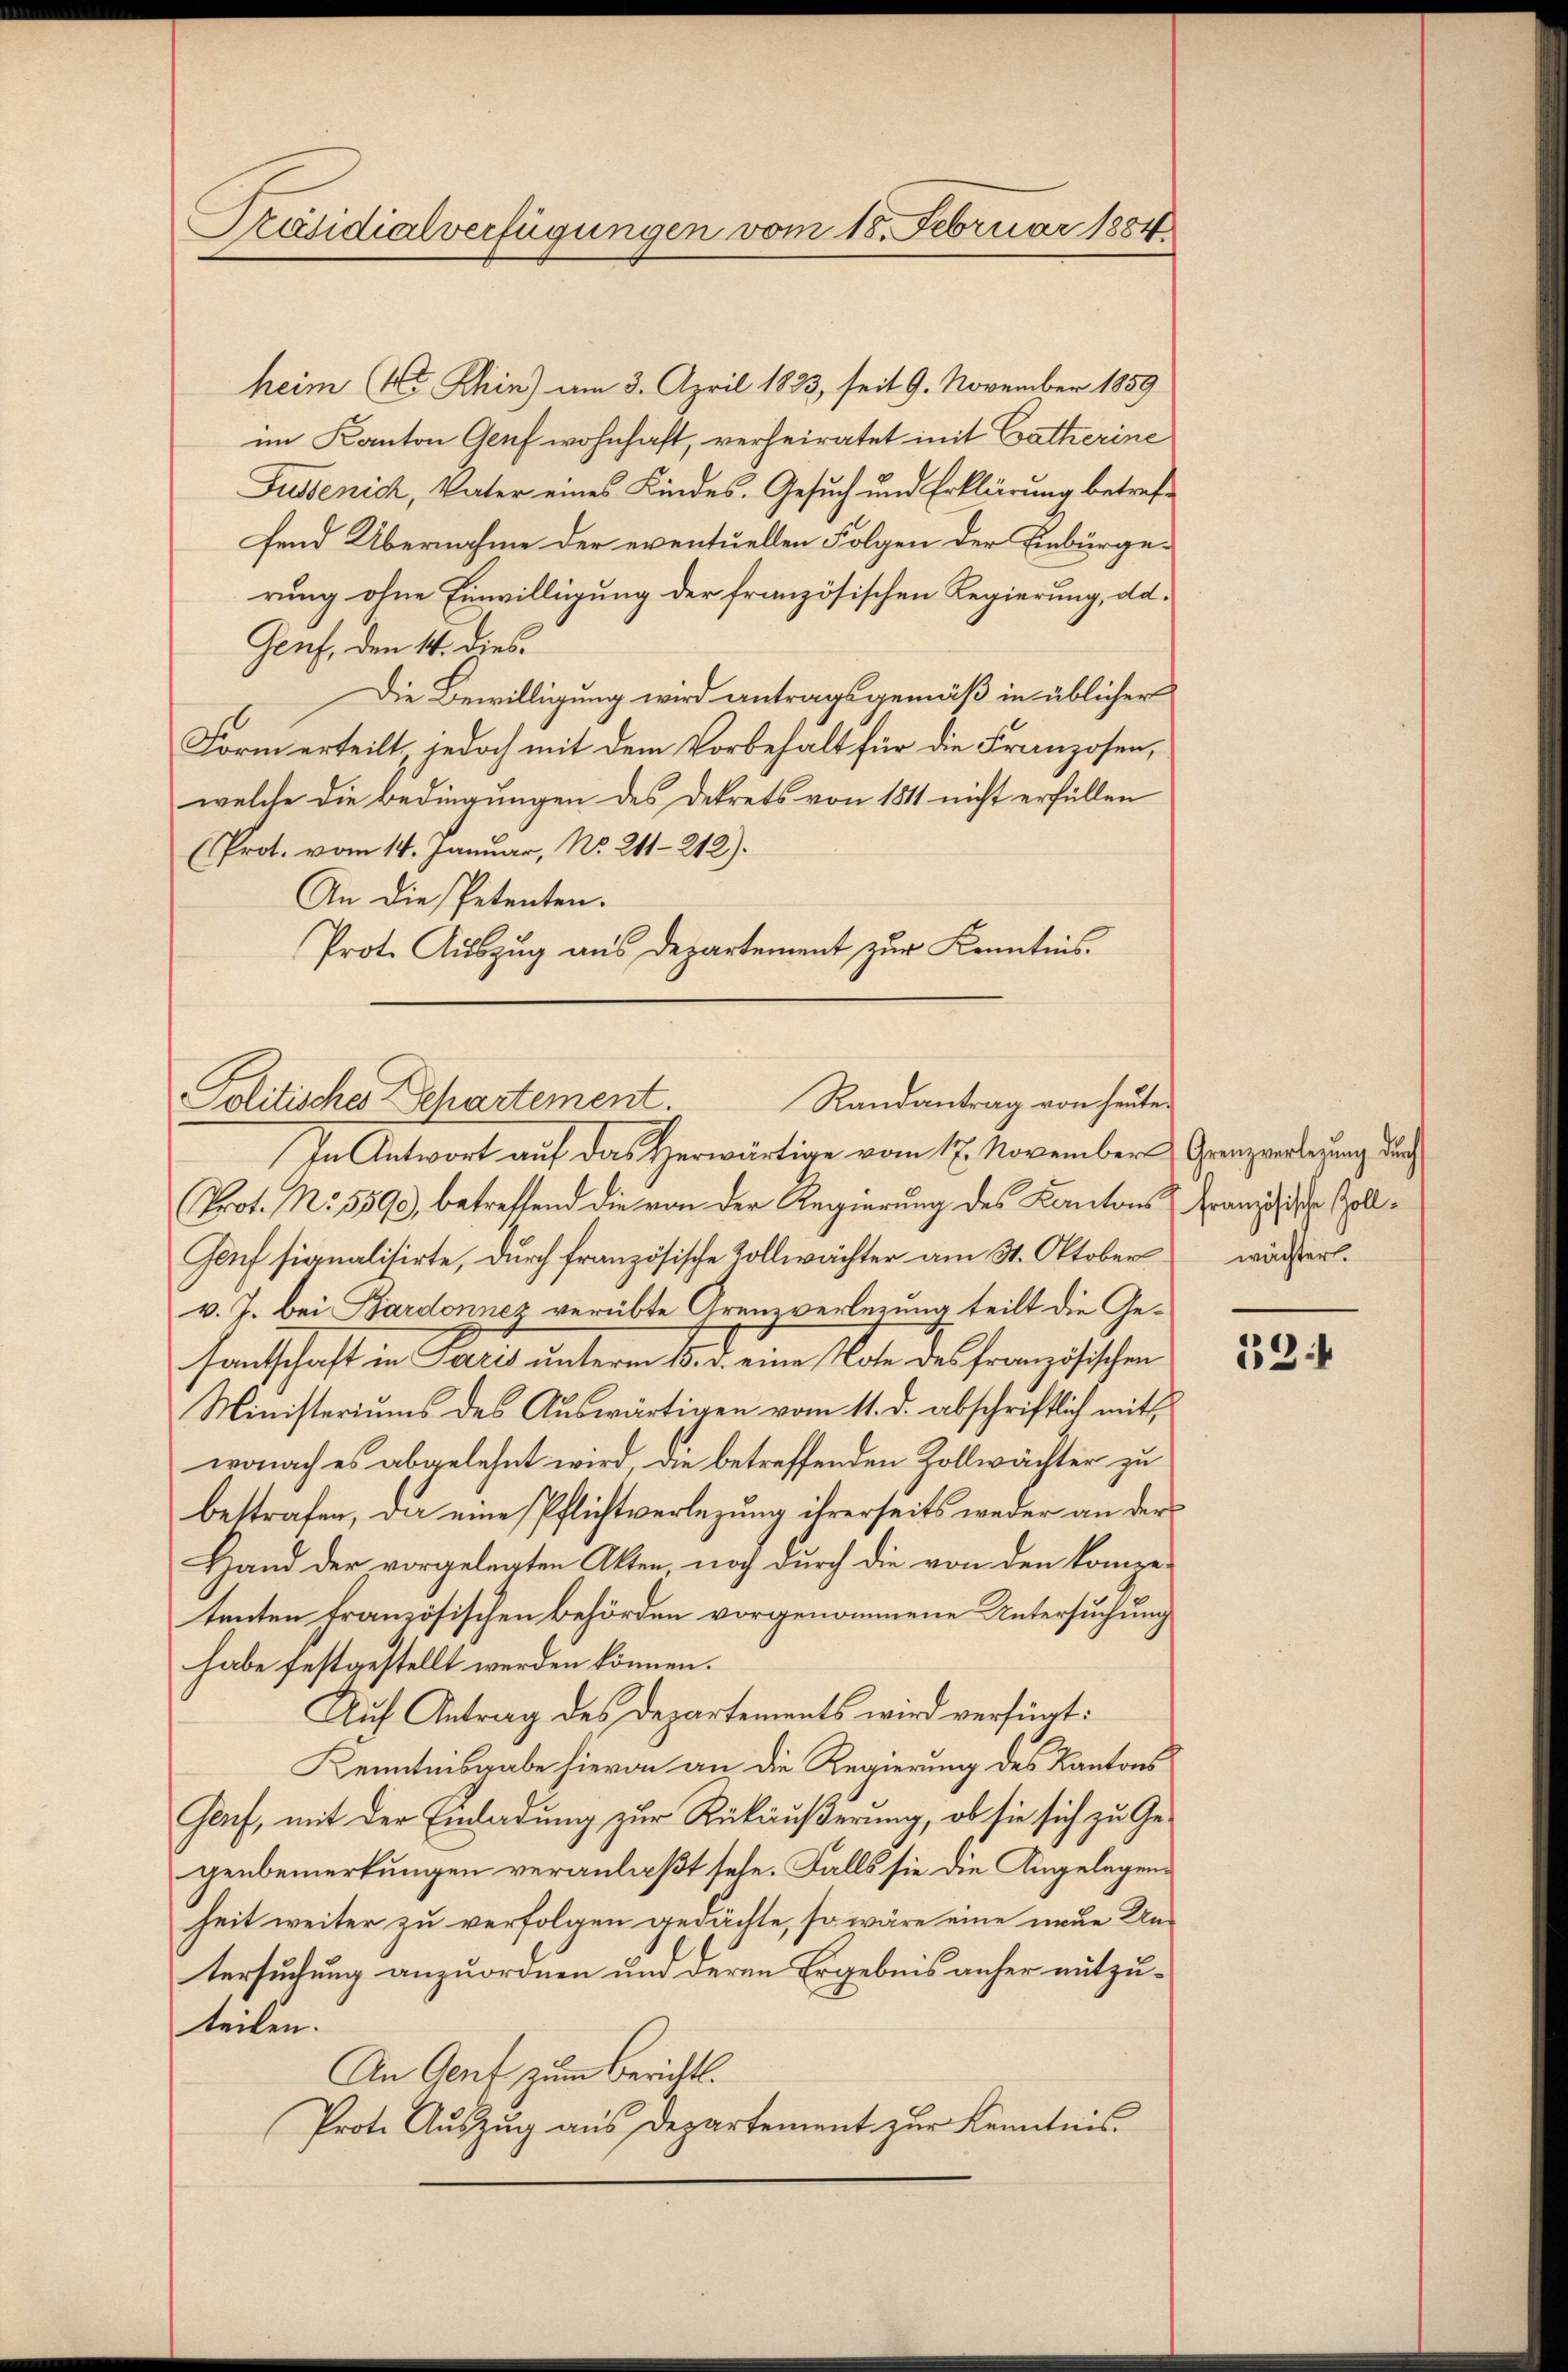
Präsidialverfügungen vom 18. Februar 1884

heim (4t Khin) am 3. April 1833, seit 9. November 1859
im Kanton Genf wohnhaft, verheiratet mit Catherine
Fusse nich, Vater eines Kindes. Gesuch und Erklärung betreffend Übernahme der eventuellen Folgen der Einbürgerung ohne Einwilligung der französischen Regierung, da¬
Genf, den 14. dies
Die Bewilligung wird antragsgemäß in üblicher
Form erteilt, jedoch mit dem Vorbehalt für die Franzosen,
welche die Bedingungen des Dekrets von 1811 nicht erfüllen
(Prot. vom 14. Januar, No. 211-212).
An die Petenten.
Prot. Auszug aus Departement zur Kenntnis.

Randantrag von heuten
Politisches Departement.

In Antwort auf das Herwärtige vom 17. November Grenzverlegung Nach
Prot. No. 5590), betreffend die von der Regierung des Kantons Französische Zoll¬
Genf signalisirte, durch französische Zollwächter am 31. Oktober wärster.
v. J. bei Bardonnez verübte Grenzverlegung teilt die Gesantschaft in Paris unterm 15. d. eine Note des französischen
Ministeriums des Auswärtigen vom 11. d. abschriftlich mit
wonach es abgelehnt wird, die betreffenden Zollwächter zu
bestrafen, die eine Pflichtverlegung ihrerseits weder an der
Hand der vorgelegten Akten, noch durch die von den kompe-
tenten französischen Behörden vorgenommene Untersuchung
habe festgestellt werden können.
Auf Antrag des Departements wird verfügt:
Kenntnisgabe hievon an die Regierung des Kantons
Genf, mit der Einladung zur Rükäußerung, ob sie sich zu Ge-
genbemerkungen veranlaßt sehe. Falls sie die Angelegens
heit weiter zu verfolgen gedachte, so wäre eine neue Un-
tersuchung anzuordnen und deren Ergebnis anher mitzuteilen.
An Genf zum Berichts.
Prote Auszug aus Departement zur Kenntnis

22